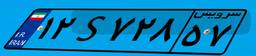
۱۲S۷۲۸۵۷